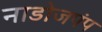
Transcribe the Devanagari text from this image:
नाडोजपंप